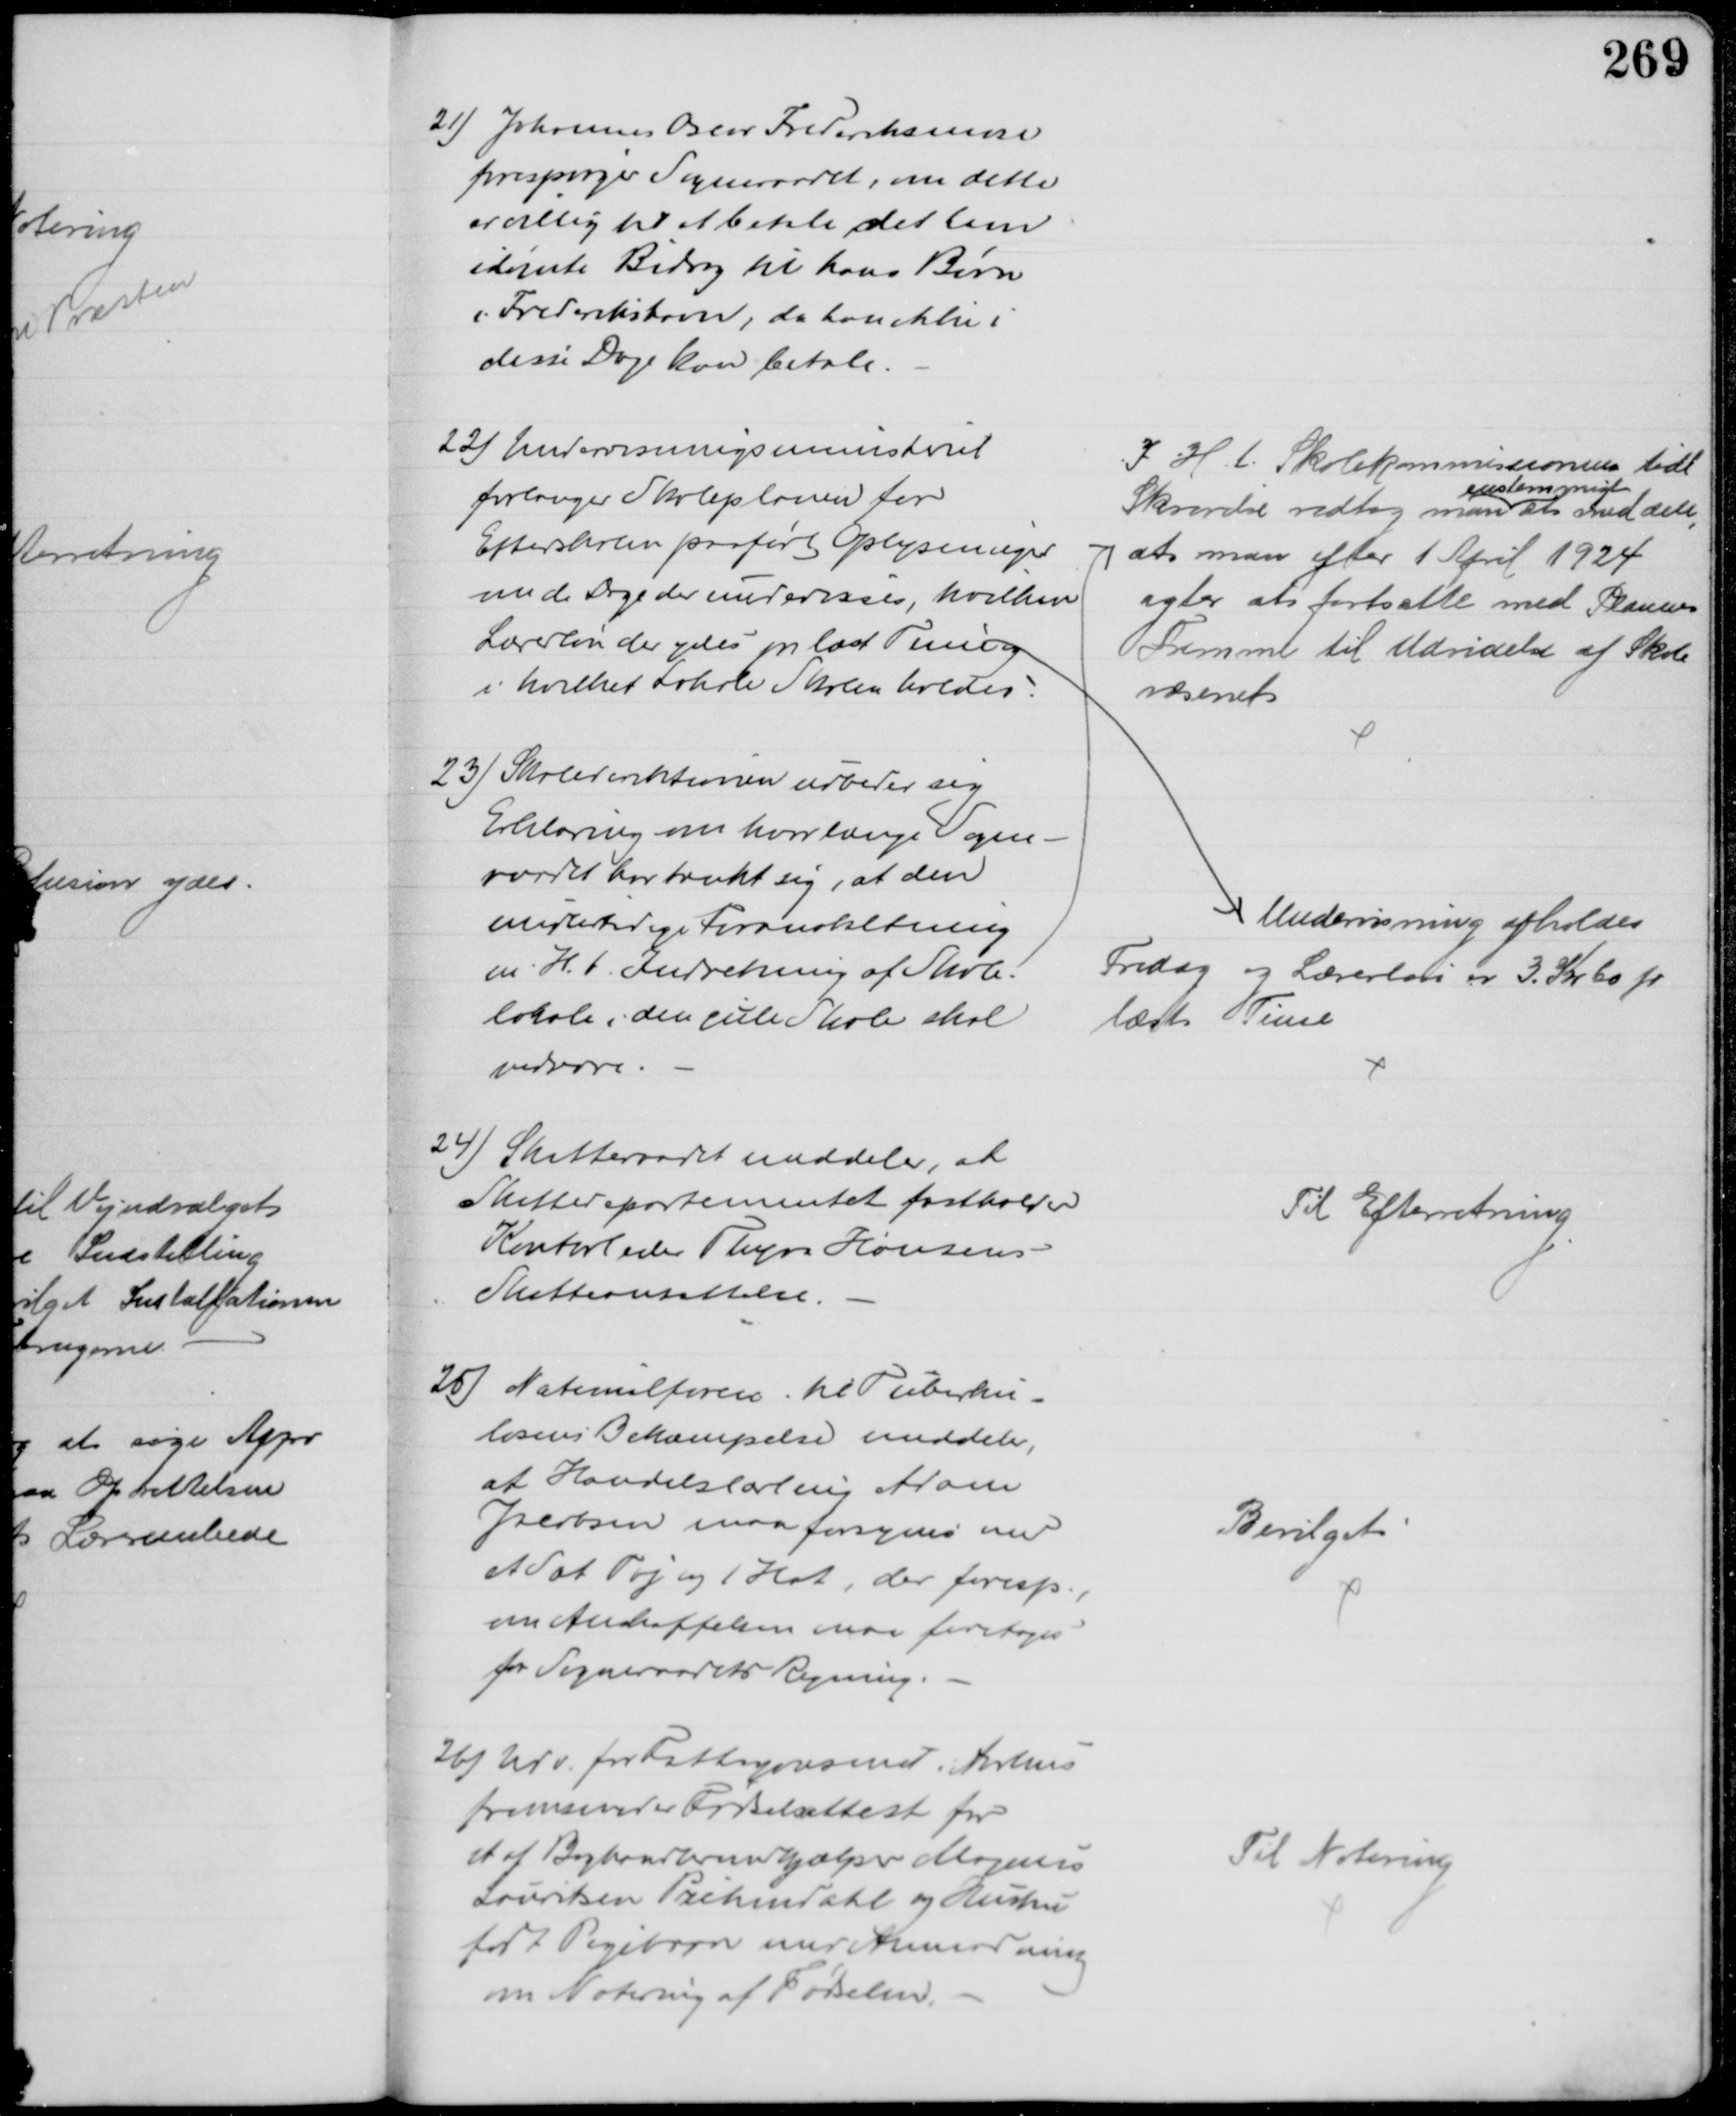
Transskription:
21) Johannes Oscar Frederiksmose
forespørger Sogneraadet, om dette
er villig til betale det ham
idømte Bidrag til hans Børn
i Frederikshavn, da han ikke i
disse Dage kan betale.
22) Undervisningsministeret
forlanger Skoleplanen for
Efterskolen paaført Oplysninger
om de Dage der undervises, hvilken
Lærerløn der ydes pr læst Time og
i hvilket Lokale Skolen holdes.
Undervisning afholdes
Fredag og Lærerløn er 3. Kr 60 pr
læst Time
23) Skoledirektionen udbeder sig
Erklæring om hvor længe Sogne-
raadet har tænkt sig, at den
midlertidige Foranstaltning
m. H. t. Indretning af Skole-
lokale i den gule Skole skal
vedvare
I H. t. Skolekommissionens tidl
Skrivelse vedtog man 
enstemmigt
at meddele,
at man efter 1 April 1924
agter at fortsætte med Planens
Fremme til Udvidelse af Skole
væsenet
24) Skatteraadet meddeler, at
Skattedepartementet fastholder
Kontorleder Thyra Hansens
Skatteansættelse.
Til Efterretning
25) Nationalforen. til Tuberku-
losens Bekæmpelse meddeler,
af Handelslærling Adam
Jacobsen maa forsynes med
et sæt Tøj og 1 Hat, der foresp., 
om Anskaffelsen kan foretages
for Sogneraadets Regning.
Bevilget
26) Udv. for Fattigvæsenet i Aarhus 
fremsender Fødselsattest for
et af Boghandlermedhjælper Magnus
Lauritsen Prihmdahl og Hustru
født Pigebarn med Anmodning
om Notering af Fødselen.
Til Notering